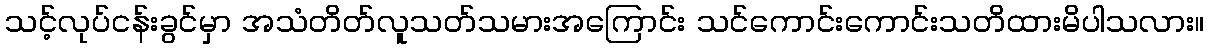
သင့်လုပ်ငန်းခွင်မှာ အသံတိတ်လူသတ်သမားအကြောင်း သင်ကောင်းကောင်းသတိထားမိပါသလား။